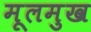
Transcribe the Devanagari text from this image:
मूलमुख